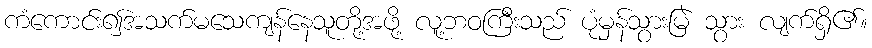
ကံကောင်း၍အသက်မသေကျန်နေသူတို့အဖို့ လူ့ဘဝကြီးသည် ပုံမှန်သွားမြဲ သွား လျက်ရှိ၏။